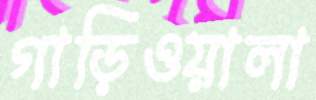
গাড়িওয়ালা